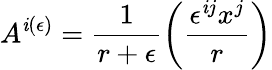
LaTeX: A^{\mathit{i}(\epsilon)}=\frac{{1}}{{r+\epsilon}}\left(\frac{{\epsilon^{\mathit{i}j}x^{j}}}{{r}}\right)